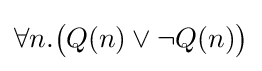
\forall n.{\big (}Q(n)\lor \neg Q(n){\big )}